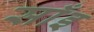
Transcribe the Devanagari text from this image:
साँइ